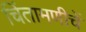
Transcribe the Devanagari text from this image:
चिंतामणीचें